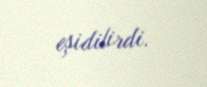
eşidilirdi.